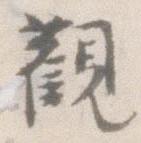
観